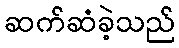
ဆက်ဆံခဲ့သည်